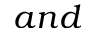
a n d